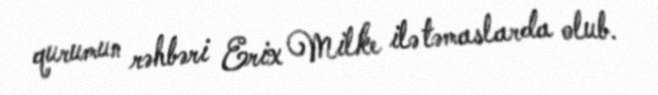
qurumun rəhbəri Erix Milke ilə təmaslarda olub.